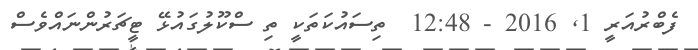
ފެބްރުއަރީ 1